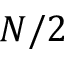
N / 2